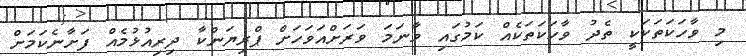
މި ވާހަކަތަކަކީ ތެދު ވާހަކަތަކެއް ކަމުގައި ވާނަމަ ވަރަށްއަވަހަށް ޕްރިޔަންކާ ދިރިއުޅުމެއް ފަށާނެކަމަށް